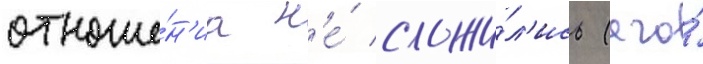
отноше́н'иа н'е́ сложи́л'ись (его́